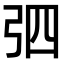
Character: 𢏎